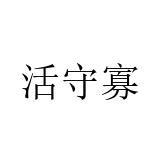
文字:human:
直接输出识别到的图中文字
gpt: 活守寡